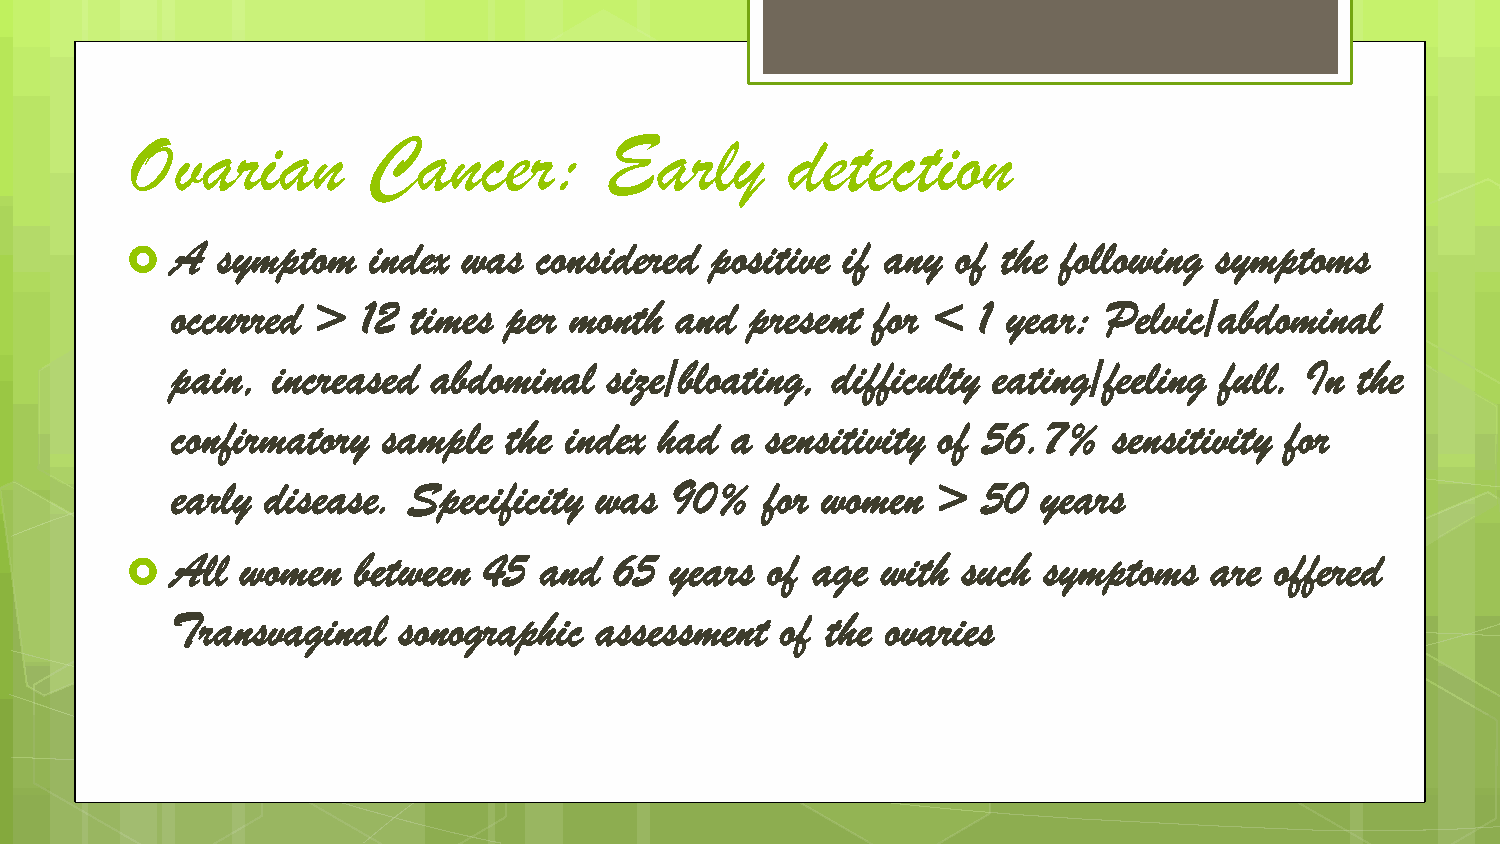
Ovarian         Cancer:         Early       detection
 A  symptom   index  was  considered positive if any of the following symptoms
 
 occurred  >  12 times  per month  and  present for <  1 year: Pelvic/abdominal
 pain,  increased  abdominal  size/bloating, difficulty eating/feeling full. In the
 confirmatory  sample  the index  had a  sensitivity of 56.7%   sensitivity for
 early disease.  Specificity was  90%    for women  >  50  years
 All  women  between  45  and  65 years  of age with  such symptoms   are offered
 
 Transvaginal   sonographic  assessment   of the ovaries